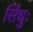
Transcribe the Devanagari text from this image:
सिंधुः